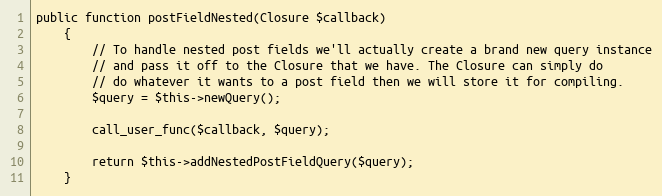
Language: PHP
public function postFieldNested(Closure $callback)
    {
        // To handle nested post fields we'll actually create a brand new query instance
        // and pass it off to the Closure that we have. The Closure can simply do
        // do whatever it wants to a post field then we will store it for compiling.
        $query = $this->newQuery();

        call_user_func($callback, $query);

        return $this->addNestedPostFieldQuery($query);
    }